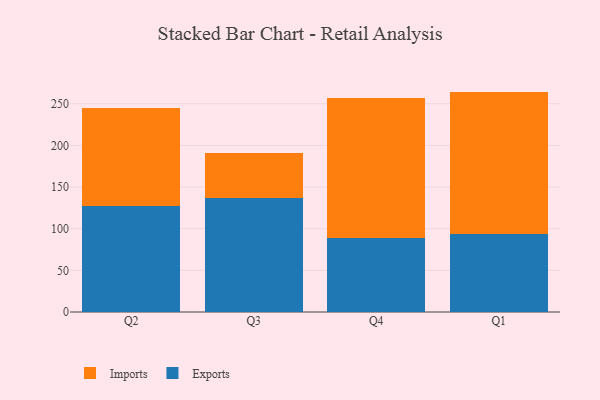
{"axis": {"x": "Quarter", "y": "Backlog"}, "legend": ["Exports", "Imports"], "data": [{"x": "Q2", "y": 127.2, "type": "Exports"}, {"x": "Q2", "y": 118.2, "type": "Imports"}, {"x": "Q3", "y": 137.3, "type": "Exports"}, {"x": "Q3", "y": 54.1, "type": "Imports"}, {"x": "Q4", "y": 89.2, "type": "Exports"}, {"x": "Q4", "y": 167.7, "type": "Imports"}, {"x": "Q1", "y": 93.7, "type": "Exports"}, {"x": "Q1", "y": 170.9, "type": "Imports"}]}